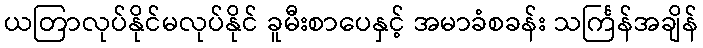
ယတြာလုပ်နိုင်မလုပ်နိုင် ခူမီးစာပေနှင့် အမာခံစခန်း သင်္ကြန်အချိန်